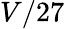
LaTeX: V/27